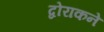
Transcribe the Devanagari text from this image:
द्वोराकने